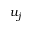
u _ { j }